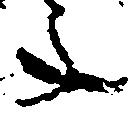
年